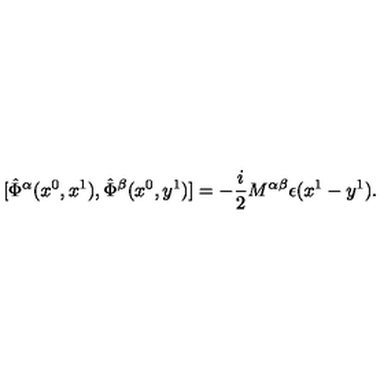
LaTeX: \mathrm { } [ \hat { \Phi } ^ { \alpha } ( x ^ { 0 } , x ^ { 1 } ) , \hat { \Phi } ^ { \beta } ( x ^ { 0 } , y ^ { 1 } ) ] = - \frac { i } { 2 } M ^ { \alpha \beta } \epsilon ( x ^ { 1 } - y ^ { 1 } ) .